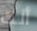
أنك